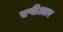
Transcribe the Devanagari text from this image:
एपीआर